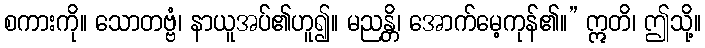
စကားကို။ သောတဗ္ဗံ၊ နာယူအပ်၏ဟူ၍။ မညန္တိ၊ အောက်မေ့ကုန်၏။” ဣတိ၊ ဤသို့။